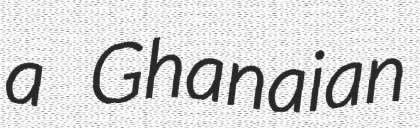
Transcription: a Ghanaian